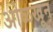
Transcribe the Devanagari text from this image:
अोळखून